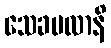
သေခဗလာနိ